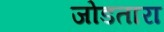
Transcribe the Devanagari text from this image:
जोडतारा